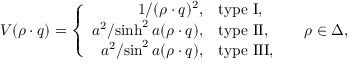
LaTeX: V ( \rho \cdot q ) = \left\{ \begin{array} { r l l } { { { 1 / { ( \rho \cdot q ) ^ { 2 } } } , } } & { { \mathrm { t y p e ~ I } , } } & { { } } \\ { { { a ^ { 2 } / { \sinh ^ { 2 } a ( \rho \cdot q ) } } , } } & { { \mathrm { t y p e ~ I I } , } } & { { \quad \rho \in \Delta , } } \\ { { { a ^ { 2 } / { \sin ^ { 2 } a ( \rho \cdot q ) } } , } } & { { \mathrm { t y p e ~ I I I } , } } & { { } } \end{array} \right.